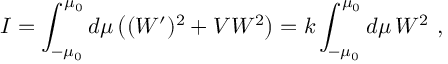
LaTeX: I = \int _ { - \mu _ { 0 } } ^ { \mu _ { 0 } } d \mu \left( ( W ^ { \prime } ) ^ { 2 } + V W ^ { 2 } \right) = k \int _ { - \mu _ { 0 } } ^ { \mu _ { 0 } } d \mu \, W ^ { 2 } \ ,